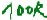
Text: 100K